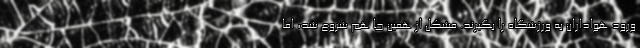
ورود هواداران به ورزشگاه را بگیرند. مشکل از همین جا هم شروع شد، اما